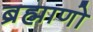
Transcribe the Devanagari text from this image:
ब्रह्माणो